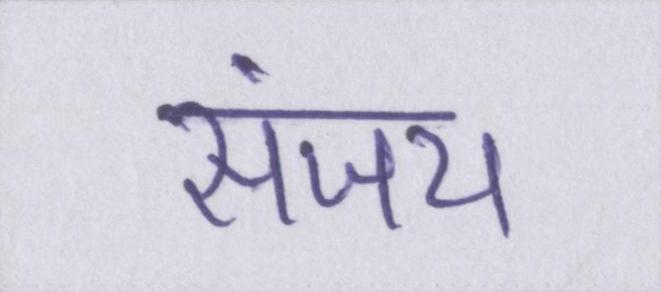
संजय